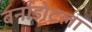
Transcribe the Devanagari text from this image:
बर्नाडोटला